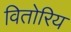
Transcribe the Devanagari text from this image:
वितोरिय